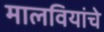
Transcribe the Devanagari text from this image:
मालवियांचे